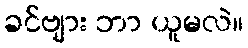
ခင်ဗျား ဘာ ယူမလဲ။